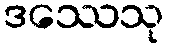
ဒဿေသု